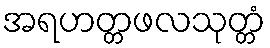
အရဟတ္တဖလသုတ္တံ